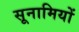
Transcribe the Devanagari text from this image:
सूनामियों